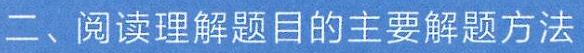
二、阅读理解题目的主要解题方法